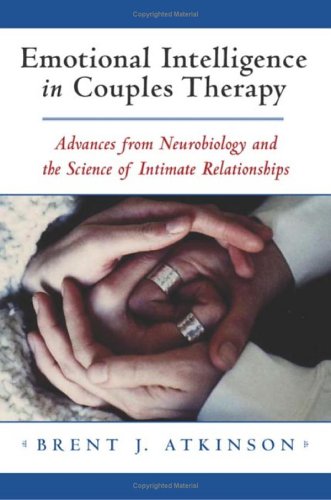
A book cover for Emotional Intelligence in Couples Therapy: Advances from Neurobiology and the Science of Intimate Relationships (Norton Professional Books); Brent J. Atkinson; Self-Help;